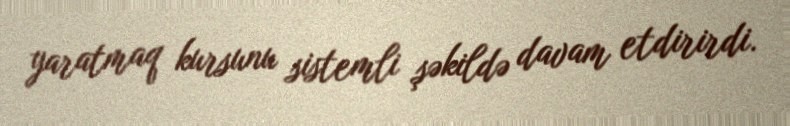
yaratmaq kursunu sistemli şəkildə davam etdirirdi.